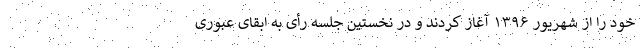
خود را از شهریور ۱۳۹۶ آغاز کردند و در نخستین جلسه رأی به ابقای عبوری